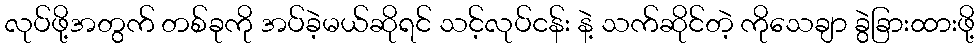
လုပ်ဖို့အတွက် တစ်ခုကို အပ်ခဲ့မယ်ဆိုရင် သင့်လုပ်ငန်း နဲ့ သက်ဆိုင်တဲ့ ကိုသေချာ ခွဲခြားထားဖို့